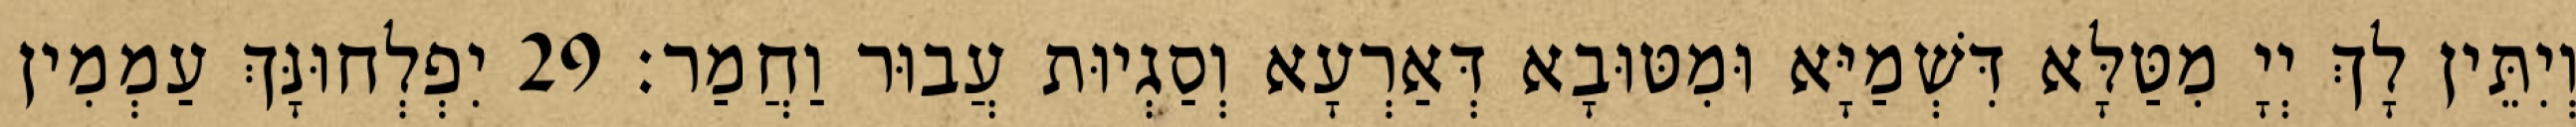
וְיִתֵּין לָךְ יְיָ מִטַּלָּא דִּשְׁמַיָּא וּמִטּוּבָא דְּאַרְעָא וְסַגְיוּת עֲבוּר וַחֲמַר׃ 29 יִפְלְחוּנָּךְ עַמְמִין